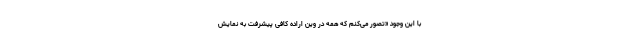
با این وجود «تصور می‌کنم که همه در وین اراده کافی پیشرفت به نمایش